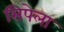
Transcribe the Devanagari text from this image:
सिपेला